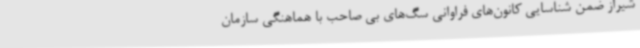
شیراز ضمن شناسایی کانون‌های فراوانی سگ‌های بی صاحب با هماهنگی سازمان